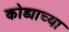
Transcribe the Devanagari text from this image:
कोड्याच्या